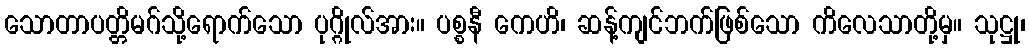
သောတာပတ္တိမဂ်သို့ရောက်သော ပုဂ္ဂိုလ်အား။ ပစ္စနီ ကေဟိ၊ ဆန့်ကျင်ဘက်ဖြစ်သော ကိလေသာတို့မှ။ သုဋ္ဌု၊